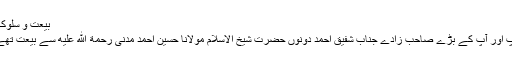
بیعت و سلوک:
آپ اور آپ کے بڑے صاحب زادے جناب شفیق احمد دونوں حضرت شیخ الاسلام مولانا حسین احمد مدنی رحمة الله عليه سے بیعت تھے۔